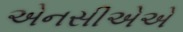
એનસીએએ